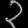
Digit: ၃